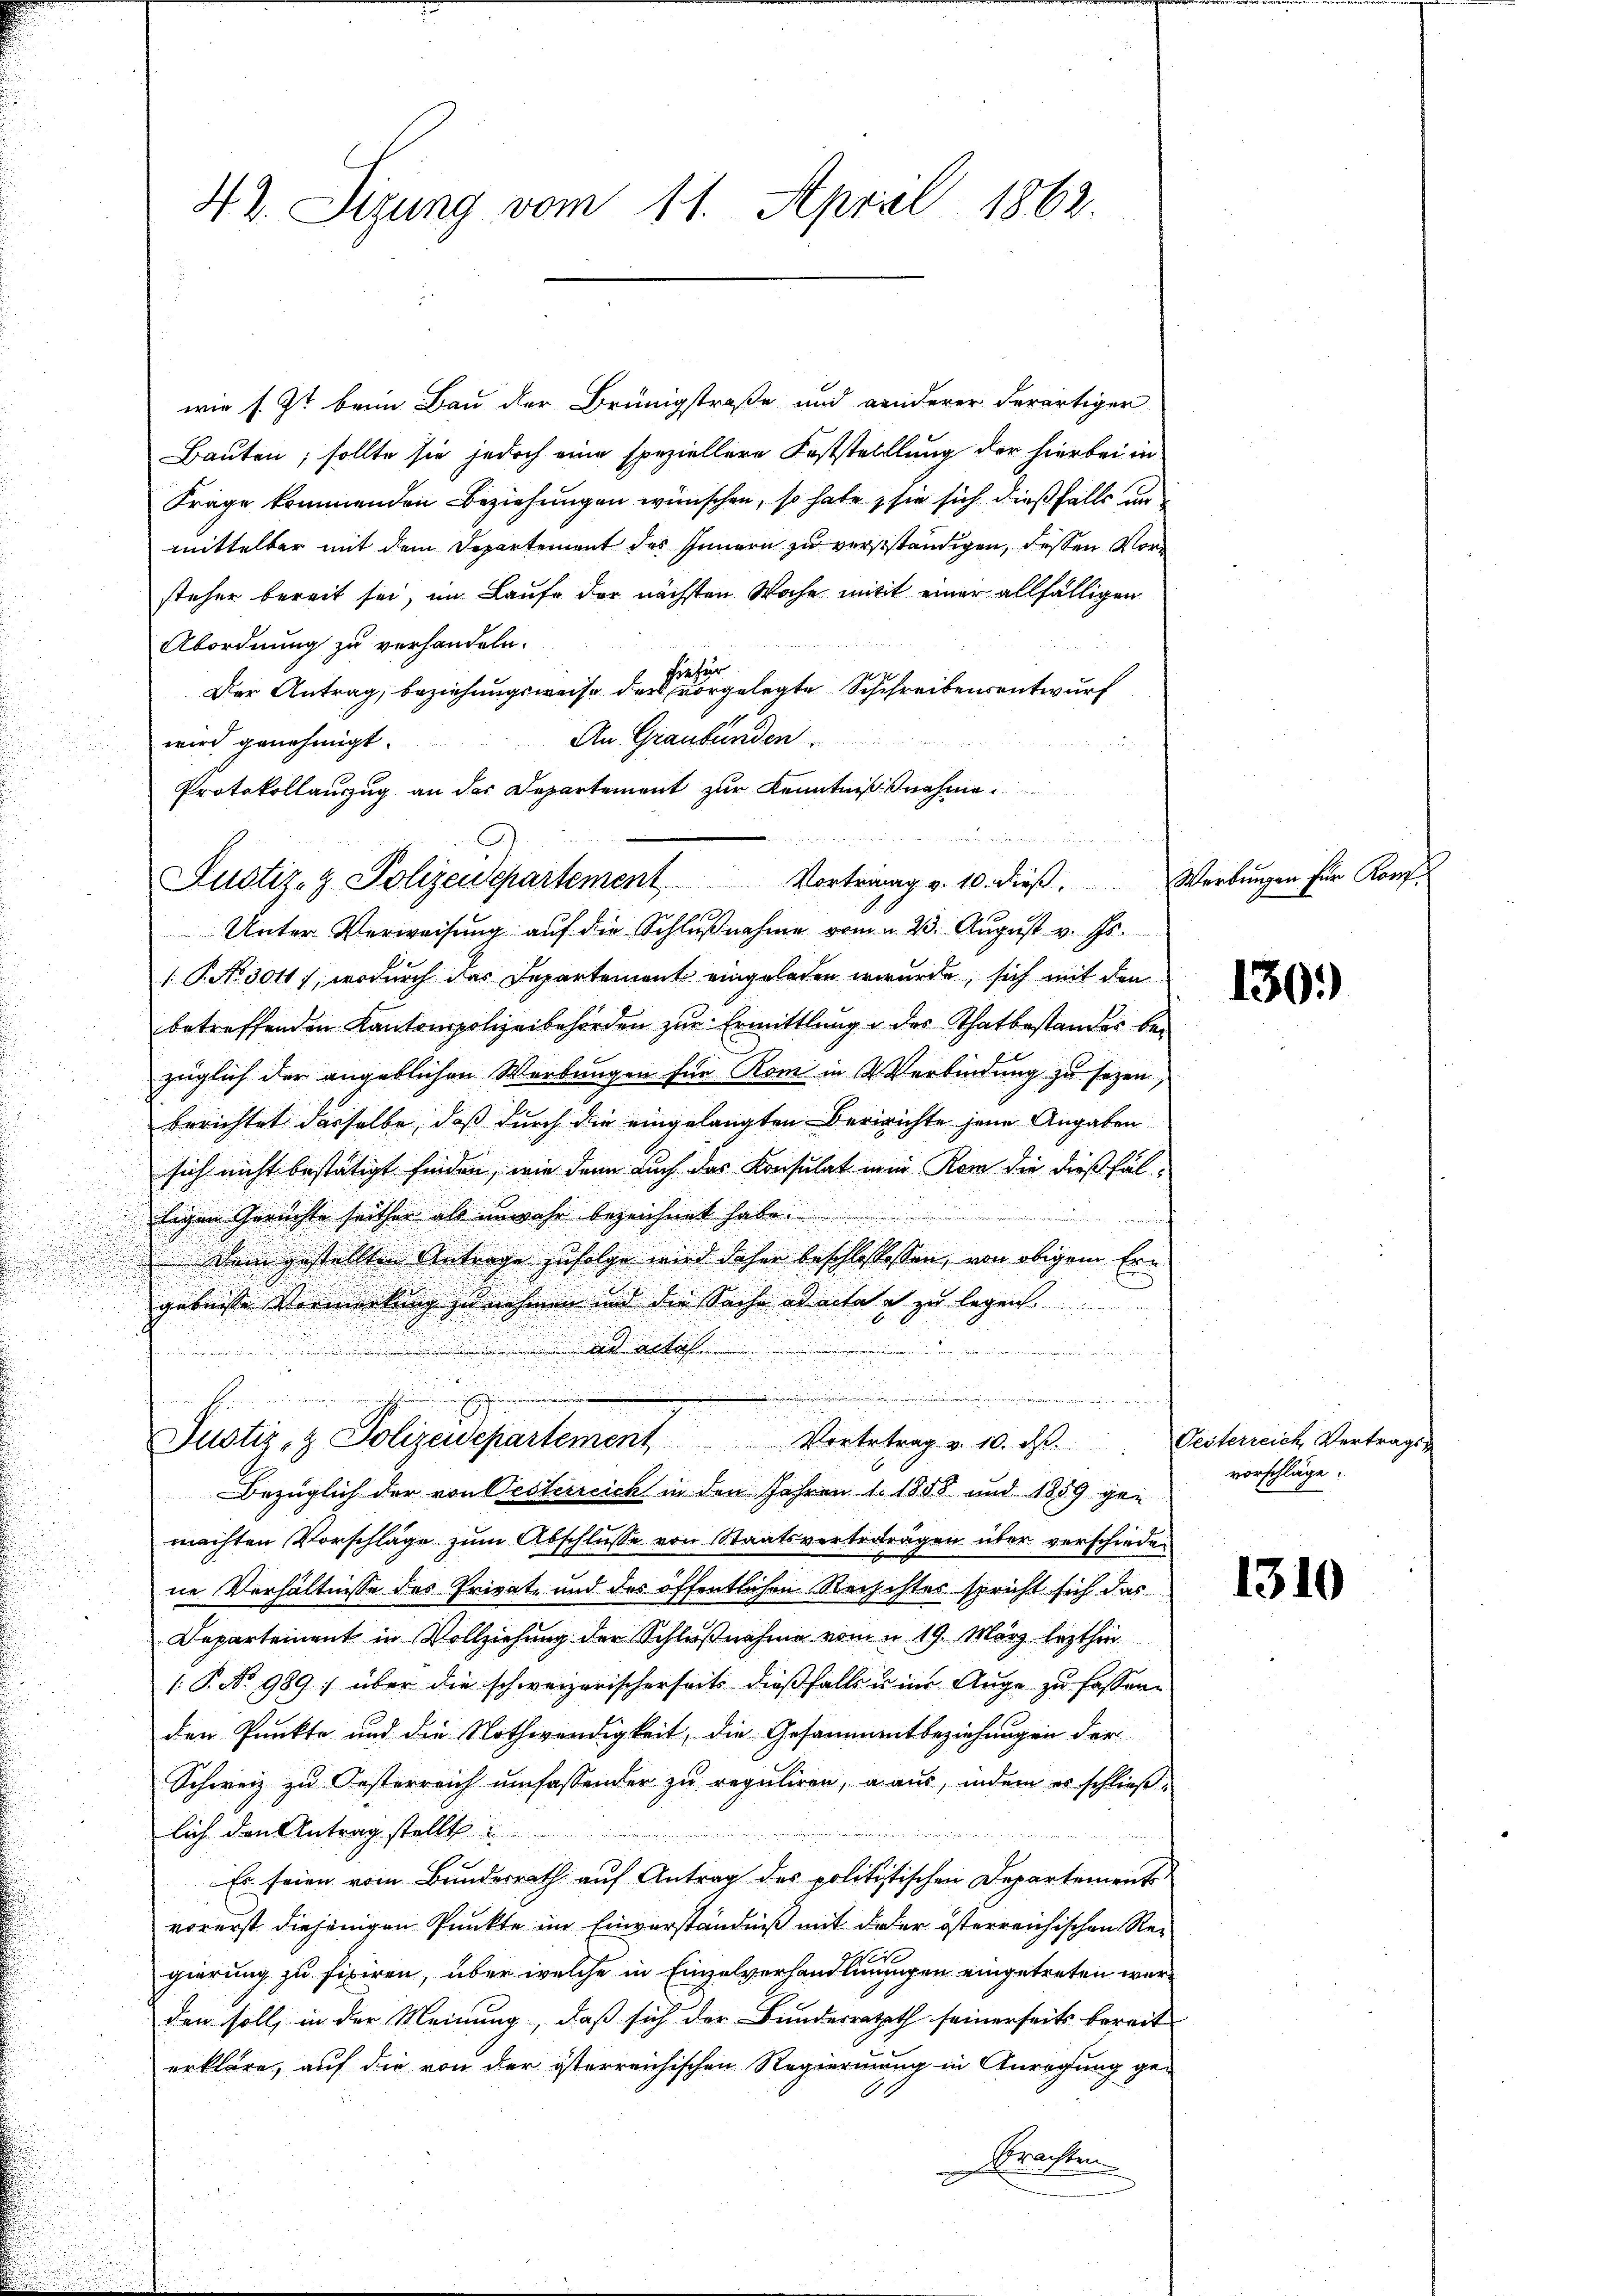
wie s. Zt. beim Bau der Brünigstraße und Landerer derartiger
Bauten, sollte sie jedoch eine speziellere Feststelllung der hierbei in
Frage kommenden Beziehungen wünschen, so habe, sie sich dießfalls un
mittelbar mit dem Departement des Innern zu verständigen, dessen Vorsteher bereit sei, im Laufe der nächsten Woche mitt einer allfälligen
Abordnung zu verhandeln.
hiefür
Der Antrag, beziehungsweise der vorgelegte Schreibensentwurf
An Graubünden
wird genehmigt.
Protokollauszug an das Departement zur Kenntnißnahme

42. Sizung vom 11. April 1862.

(P.No 30117, wodurch das Departement eingeladen wurde, sich mit den
betreffenden Kantonspolizeibehörden zur Ermittlung u des Thatbestandes bezüglich der angeblichen Werbungen für Rom in 3 Verbindung zu sezen,
berichtet derselbe, daß durch die eingelangten Berichte jene Angaben
sich nicht bestätigt finden, wie denn auch das Konsulat mein Rom die dießfälligen Gerichte seither als unwahr bezeichnet habe.
Dein gestellten Antrage zufolge wird daher beschlossessen, von obigen Ergebnisse Vormerkung zu nehmen und die Sache ad acta es zu legen.
ad acta
deweder

Bezüglich der von Oesterreich in den Jahren 1. 1858 und 1889 ge-
machten Vorschläge zum Abschlusse von Staatsvertretragen über verschieden
ne Verhältnisse des Private und des öffentlichen Rechchtes spricht sich das
Departement in Vollziehung der Schlußnahme vom 19. März lezthin
( P. Nr. 989 über die schweizerischerseits dießfalls u. in Auge zu fassen.
den Punkte und die Nothwendigkeit, die Gesammetbeziehungen der
Schweiz zu Oesterreich umfassender zu reguliren, a aus, indem es schließlich den Antrag stellt
Es seien vom Bundesrath auf Antrag des politistischen Departement
vorerst diejenigen Punkte im Einverständniß mit der österreichischen Re¬
.
gierung zu fixiren, über welche in Einzelvorhandlingegen eingetreten werden soll, in der Meinung, daß sich der Bundesrath seinerseits bereit
erkläre, auf die von der österreichischen Regierung in Anregung ge-
.
Strasten
x

Justiz- & Polizeidepartement. Vortring v. 10. dieβ. Werbungen für Kon¬
Unter Verweisung auf die Schlußnahme vom 23. August v. Js.

Justiz- & Polizeidepartement. Vorbertrag v. 10. ds. Desternach Vertrags

.

130.)

vorschläge.

1310